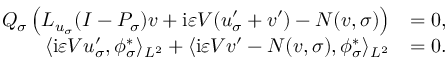
\begin{array} { r l } { Q _ { \sigma } \left( L _ { u _ { \sigma } } ( I - P _ { \sigma } ) v + \mathrm { i } \varepsilon V ( u _ { \sigma } ^ { \prime } + v ^ { \prime } ) - N ( v , \sigma ) \right) } & { = 0 , } \\ { \langle \mathrm { i } \varepsilon V u _ { \sigma } ^ { \prime } , \phi _ { \sigma } ^ { * } \rangle _ { L ^ { 2 } } + \langle \mathrm { i } \varepsilon V v ^ { \prime } - N ( v , \sigma ) , \phi _ { \sigma } ^ { * } \rangle _ { L ^ { 2 } } } & { = 0 . } \end{array}